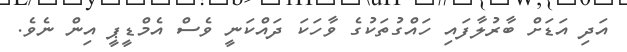
އަދި އަޑަށް ބާރުލާފައި ހައްގުތަކުގެ ވާހަކަ ދައްކަނީ ވެސް އެމްޑީޕީ އިން ނެވެ.